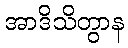
အာဒိသိတွာန